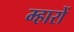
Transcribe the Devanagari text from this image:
म्हारों